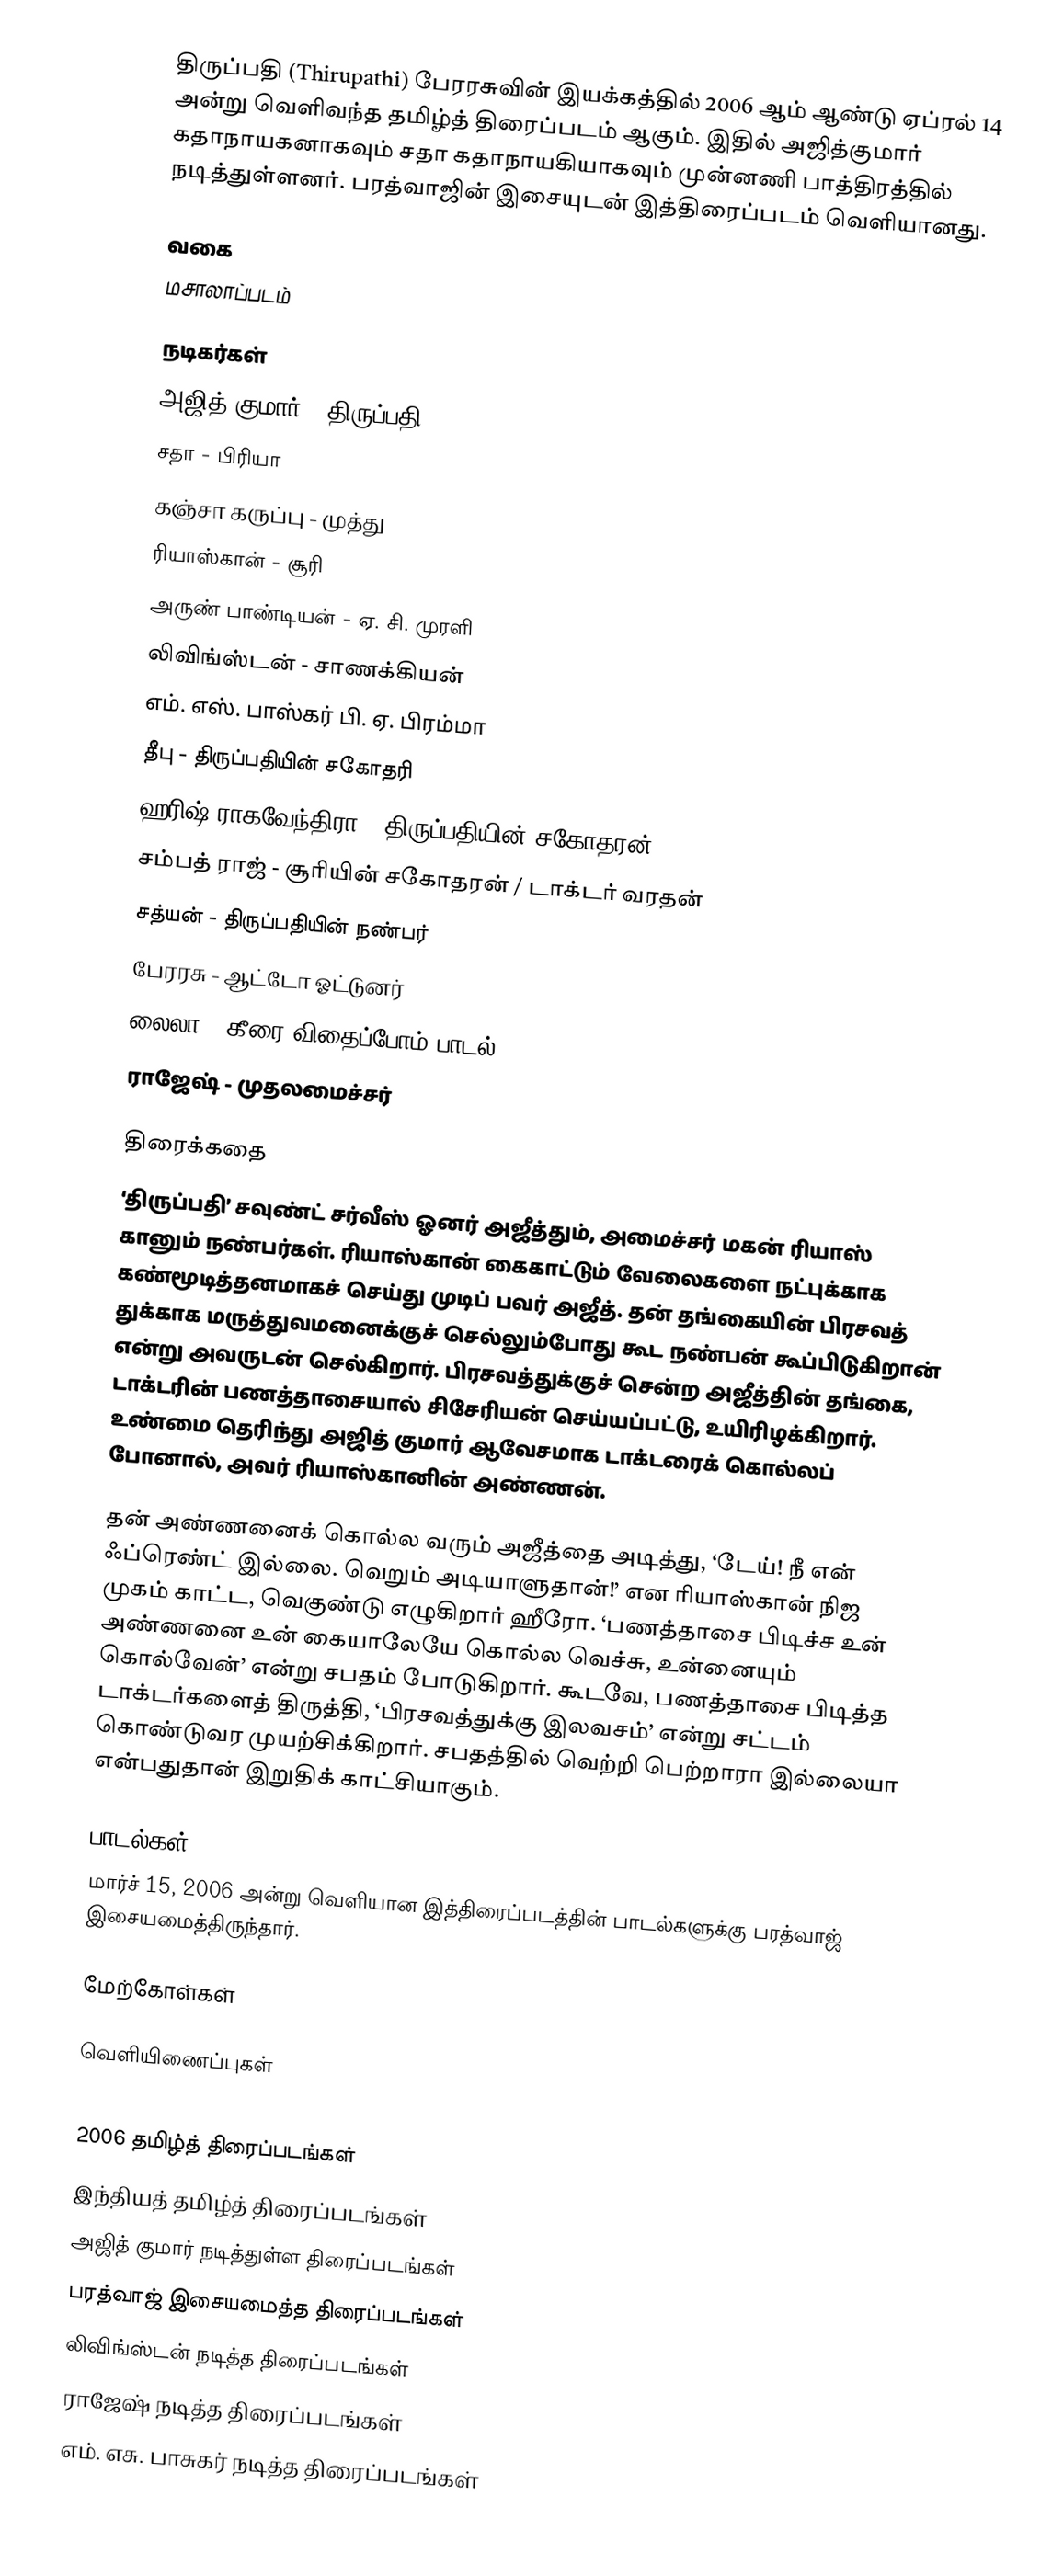
திருப்பதி (Thirupathi) பேரரசுவின் இயக்கத்தில் 2006 ஆம் ஆண்டு ஏப்ரல் 14 அன்று வெளிவந்த தமிழ்த் திரைப்படம் ஆகும். இதில் அஜித்குமார் கதாநாயகனாகவும் சதா கதாநாயகியாகவும் முன்னணி பாத்திரத்தில் நடித்துள்ளனர். பரத்வாஜின் இசையுடன் இத்திரைப்படம் வெளியானது.

வகை
மசாலாப்படம்

நடிகர்கள்
 அஜித் குமார் - திருப்பதி
 சதா - பிரியா
 கஞ்சா கருப்பு - முத்து
 ரியாஸ்கான் - சூரி
 அருண் பாண்டியன் - ஏ. சி. முரளி
 லிவிங்ஸ்டன் - சாணக்கியன்
 எம். எஸ். பாஸ்கர் பி. ஏ. பிரம்மா
 தீபு - திருப்பதியின் சகோதரி
 ஹரிஷ் ராகவேந்திரா - திருப்பதியின் சகோதரன்
 சம்பத் ராஜ் - சூரியின் சகோதரன் / டாக்டர் வரதன்
 சத்யன் - திருப்பதியின் நண்பர்
 பேரரசு -  ஆட்டோ ஓட்டுனர்
 லைலா -  கீரை விதைப்போம் பாடல்
 ராஜேஷ் - முதலமைச்சர்

திரைக்கதை
‘திருப்பதி’ சவுண்ட் சர்வீஸ் ஓனர் அஜீத்தும், அமைச்சர் மகன் ரியாஸ் கானும் நண்பர்கள். ரியாஸ்கான் கைகாட்டும் வேலைகளை நட்புக்காக கண்மூடித்தனமாகச் செய்து முடிப் பவர் அஜீத். தன் தங்கையின் பிரசவத் துக்காக மருத்துவமனைக்குச் செல்லும்போது கூட நண்பன் கூப்பிடுகிறான் என்று அவருடன் செல்கிறார். பிரசவத்துக்குச் சென்ற அஜீத்தின் தங்கை, டாக்டரின் பணத்தாசையால் சிசேரியன் செய்யப்பட்டு, உயிரிழக்கிறார். உண்மை தெரிந்து அஜித் குமார் ஆவேசமாக டாக்டரைக் கொல்லப் போனால், அவர் ரியாஸ்கானின் அண்ணன்.

தன் அண்ணனைக் கொல்ல வரும் அஜீத்தை அடித்து, ‘டேய்! நீ என் ஃப்ரெண்ட் இல்லை. வெறும் அடியாளுதான்!’ என ரியாஸ்கான் நிஜ முகம் காட்ட, வெகுண்டு எழுகிறார் ஹீரோ. ‘பணத்தாசை பிடிச்ச உன் அண்ணனை உன் கையாலேயே கொல்ல வெச்சு, உன்னையும் கொல்வேன்’ என்று சபதம் போடுகிறார். கூடவே, பணத்தாசை பிடித்த டாக்டர்களைத் திருத்தி, ‘பிரசவத்துக்கு இலவசம்’ என்று சட்டம் கொண்டுவர முயற்சிக்கிறார். சபதத்தில் வெற்றி பெற்றாரா இல்லையா என்பதுதான் இறுதிக் காட்சியாகும்.

பாடல்கள்
மார்ச் 15, 2006 அன்று வெளியான இத்திரைப்படத்தின் பாடல்களுக்கு பரத்வாஜ் இசையமைத்திருந்தார்.

மேற்கோள்கள்

வெளியிணைப்புகள்

2006 தமிழ்த் திரைப்படங்கள்
இந்தியத் தமிழ்த் திரைப்படங்கள்
அஜித் குமார் நடித்துள்ள திரைப்படங்கள்
பரத்வாஜ் இசையமைத்த திரைப்படங்கள்
லிவிங்ஸ்டன் நடித்த திரைப்படங்கள்
ராஜேஷ் நடித்த திரைப்படங்கள்
எம். எசு. பாசுகர் நடித்த திரைப்படங்கள்